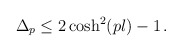
\begin{align*}\Delta_p \leq 2 \cosh^2(p l) -1 \,. \end{align*}